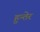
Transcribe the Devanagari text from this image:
हुन्तेर